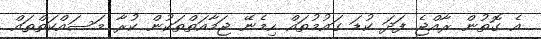
އެ ގޮތުން ރާއްޖެ ފަދަ ކުޑަ ގައުމުތައް ހިމެނޭ ޖަމާއަތްތަކުން ކުރާ މަސައްކަތްތައް